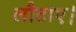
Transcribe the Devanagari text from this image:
लौटाए।